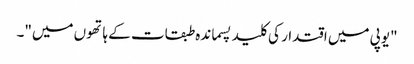
"یوپی میں اقتدار کی کلید پسماندہ طبقات کے ہاتھوں میں"۔